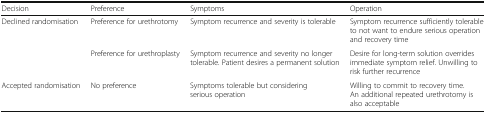
| Decision | Preference | Symptoms | Operation |
 | --- | --- | --- | --- |
 | <ROWSPAN=2> Declined randomisation | Preference for urethrotomy | Symptom recurrence and severity is tolerable | Symptom recurrence sufficiently tolerable to not want to endure serious operation and recovery time |
 | Preference for urethroplasty | Symptom recurrence and severity no longer tolerable. Patient desires a permanent solution | Desire for long-term solution overrides immediate symptom relief. Unwilling to risk further recurrence |
 | Accepted randomisation | No preference | Symptoms tolerable but considering serious operation | Willing to commit to recovery time. An additional repeated urethrotomy is also acceptable |